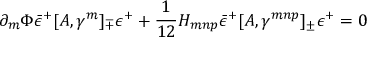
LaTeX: \partial _ { m } \Phi { \bar { \epsilon } ^ { + } } [ A , \gamma ^ { m } ] _ { \mp } \epsilon ^ { + } + \frac { 1 } { 1 2 } H _ { m n p } { \bar { \epsilon } ^ { + } } [ A , \gamma ^ { m n p } ] _ { \pm } \epsilon ^ { + } = 0